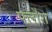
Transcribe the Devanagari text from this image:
फ्लौरा